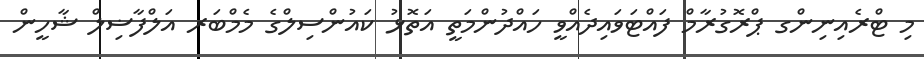
މި ޓްރެއިނިންގ ޕްރޮގުރާމް ފައްޓަވައިދެއްވީ ހައްދުންމަތީ އަތޮޅު ކައުންސިލްގެ މެމްބަރ އަލްފާޟިލް ޝާހީން